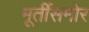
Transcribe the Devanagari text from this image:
मूर्तींसमोर